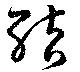
結